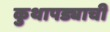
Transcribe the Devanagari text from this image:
कुथापड्याची